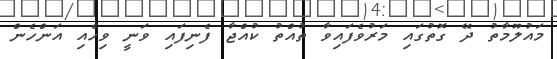
މައުލޫމާތު ދޭ ގޮތުގައި މަރުވެފައިވާ ތުއްތު ކުއްޖާ ފެނިފައި ވަނީ ވިހެއި އަންހެން